Annual report of the Punjab Veterinary College and of the Civil Veterinary Department, Punjab - 1926-1932
Year: 1926
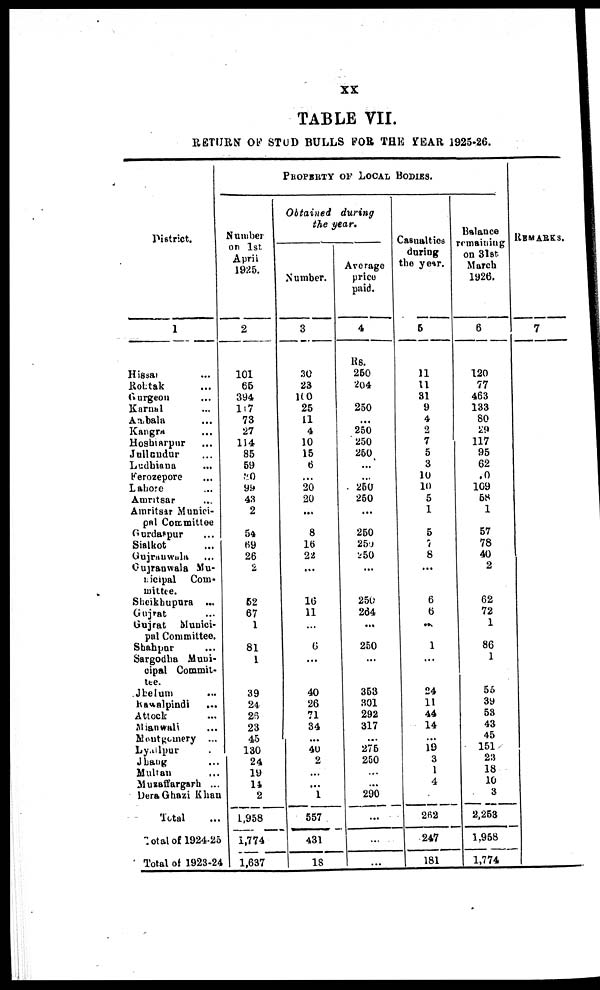
XX
TABLE VII.
RETURN OF STUD BULLS FOR THE YEAR 1925-26.
District.
1
Hissar ...
Rohtak ...
Gurgeon ...
Karnal ...
Ambala ...
Kangra ...
Hosbiarpur ...
Jullundur ...
Ludhiana ...
Ferozepore ...
Lahore ...
Amritsar ...
Amritsar Munici-
pal Committee
Gurdaspur ...
Sialkot ...
Gujranwala ...
Gujranwala Mu-
nicipal Com-
mittee.
Sheikbupura ...
Gujrat ...
Gujrat Munici-
pal Committee.
Shahpur ...
Sargodha Muni-
cipal Commit-
tee.
Jhelum ...
kawalpindi
...
Attock ...
Mianwali ...
Moutgemery ...
Lyallpur ...
Jhang ...
Multan ...
Muzaffargarh ...
Dera Ghazi Khan
Total ...
Total of 1924-25
Total of 1923-24
PROPERTY OF LOCAL BODIES.
Number
on 1st
April
1925.
2
101
65
394
107
73
27
114
85
59
80
99
43
2
54
69
26
2
62
67
1
81
1
39
24
25
23
45
130
24
19
14
2
1,958
i,774
1 1,637
Obtained
during
the year.
Number.
3
30
23
100
25
11
4
10
15
6
...
20
20
...
8
16
22
...
16
11
...
6
...
40
26
71
34
...
40
2
...
...
1
557
431
18
Average
price
paid.
4
Rs.
250
204
250
...
250
250
260
...
250
250
...
250
259
250
...
250
264
...
250
...
353
301
292
317
...
275
250
...
...
290
...
...
...
Casualties
during
the year.
6
11
11
31
9
4
2
7
5
3
10
10
5
1
5
7
8
...
6
6
...
1
...
24
11
44
14
19 3
1
4
...
262
247
181
Balance
remaining
on 31st.
March
1926.
6
120
77
463
133
80
29
117
95
62
.0
109
58
1
57
78
40
2
62
72
1
86
1
55
39
53
43
45
151
23
18
10
3
2,253
1,958
1,774
REMARKS.
7